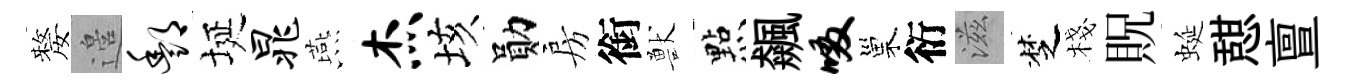
嫠邉酆埏晁燕杰垓勛房銜獸㸃飆啜巢衍滋椘棧貺蜒憇亶